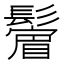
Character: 𩯔